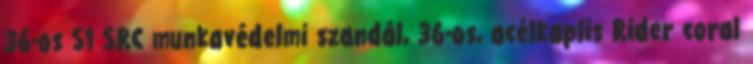
36-os S1 SRC munkavédelmi szandál, 36-os, acélkaplis Rider coral